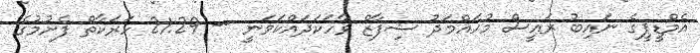
އެމްޑީޕީގެ ނައިބު ރައީސް މުހައްމަދު ޝިފާޒް ވާހަކަދައްކަވަނީ -- 21:29 ހަރަކާތް ފެށުމުގެ